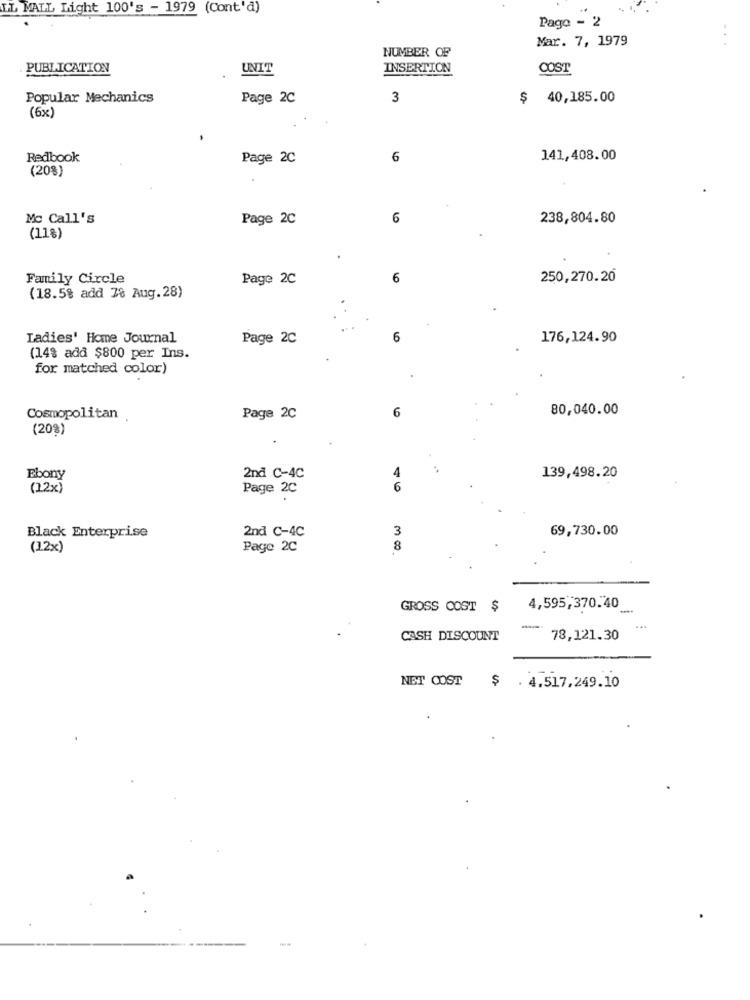
IL MALL Light 100's - 1979 (Cont'd)
Pago - 2
Mar. 7, 1979
NUMBER OF
PUBLICATION
UNIT
INSERTION
COST
Popular Mechanics
Page 2C
3
$ 40,185.00
(6x)
Redbook
Page 2C
6
141,408.00
(20%)
Mc Call's
Page 2C
6
238,804.80
(11%)
Family Circle
Page 2C
6
250,270.20
(18.5% add 78 Aug.28)
Ladies' Home Journal
Page 2C
6
176,124.90
(14% add $800 per Ins.
for matched color)
6
80,040.00
Cosmopolitan
Page 2C
(20%)
Ebony
2nd C-4C
139,498.20
(12x)
Page 2C
46
2nd C-4C
3
69,730.00
Black Enterprise
(12x)
Page 2C
8
GROSS COST $
4,595,370.40
-
CASH DISCOUNT
78,121.30
NET COST $ . 4.517,249.10